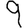
Digit: 9